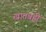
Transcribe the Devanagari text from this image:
खातबही